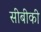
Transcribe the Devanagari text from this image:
सीबीकी